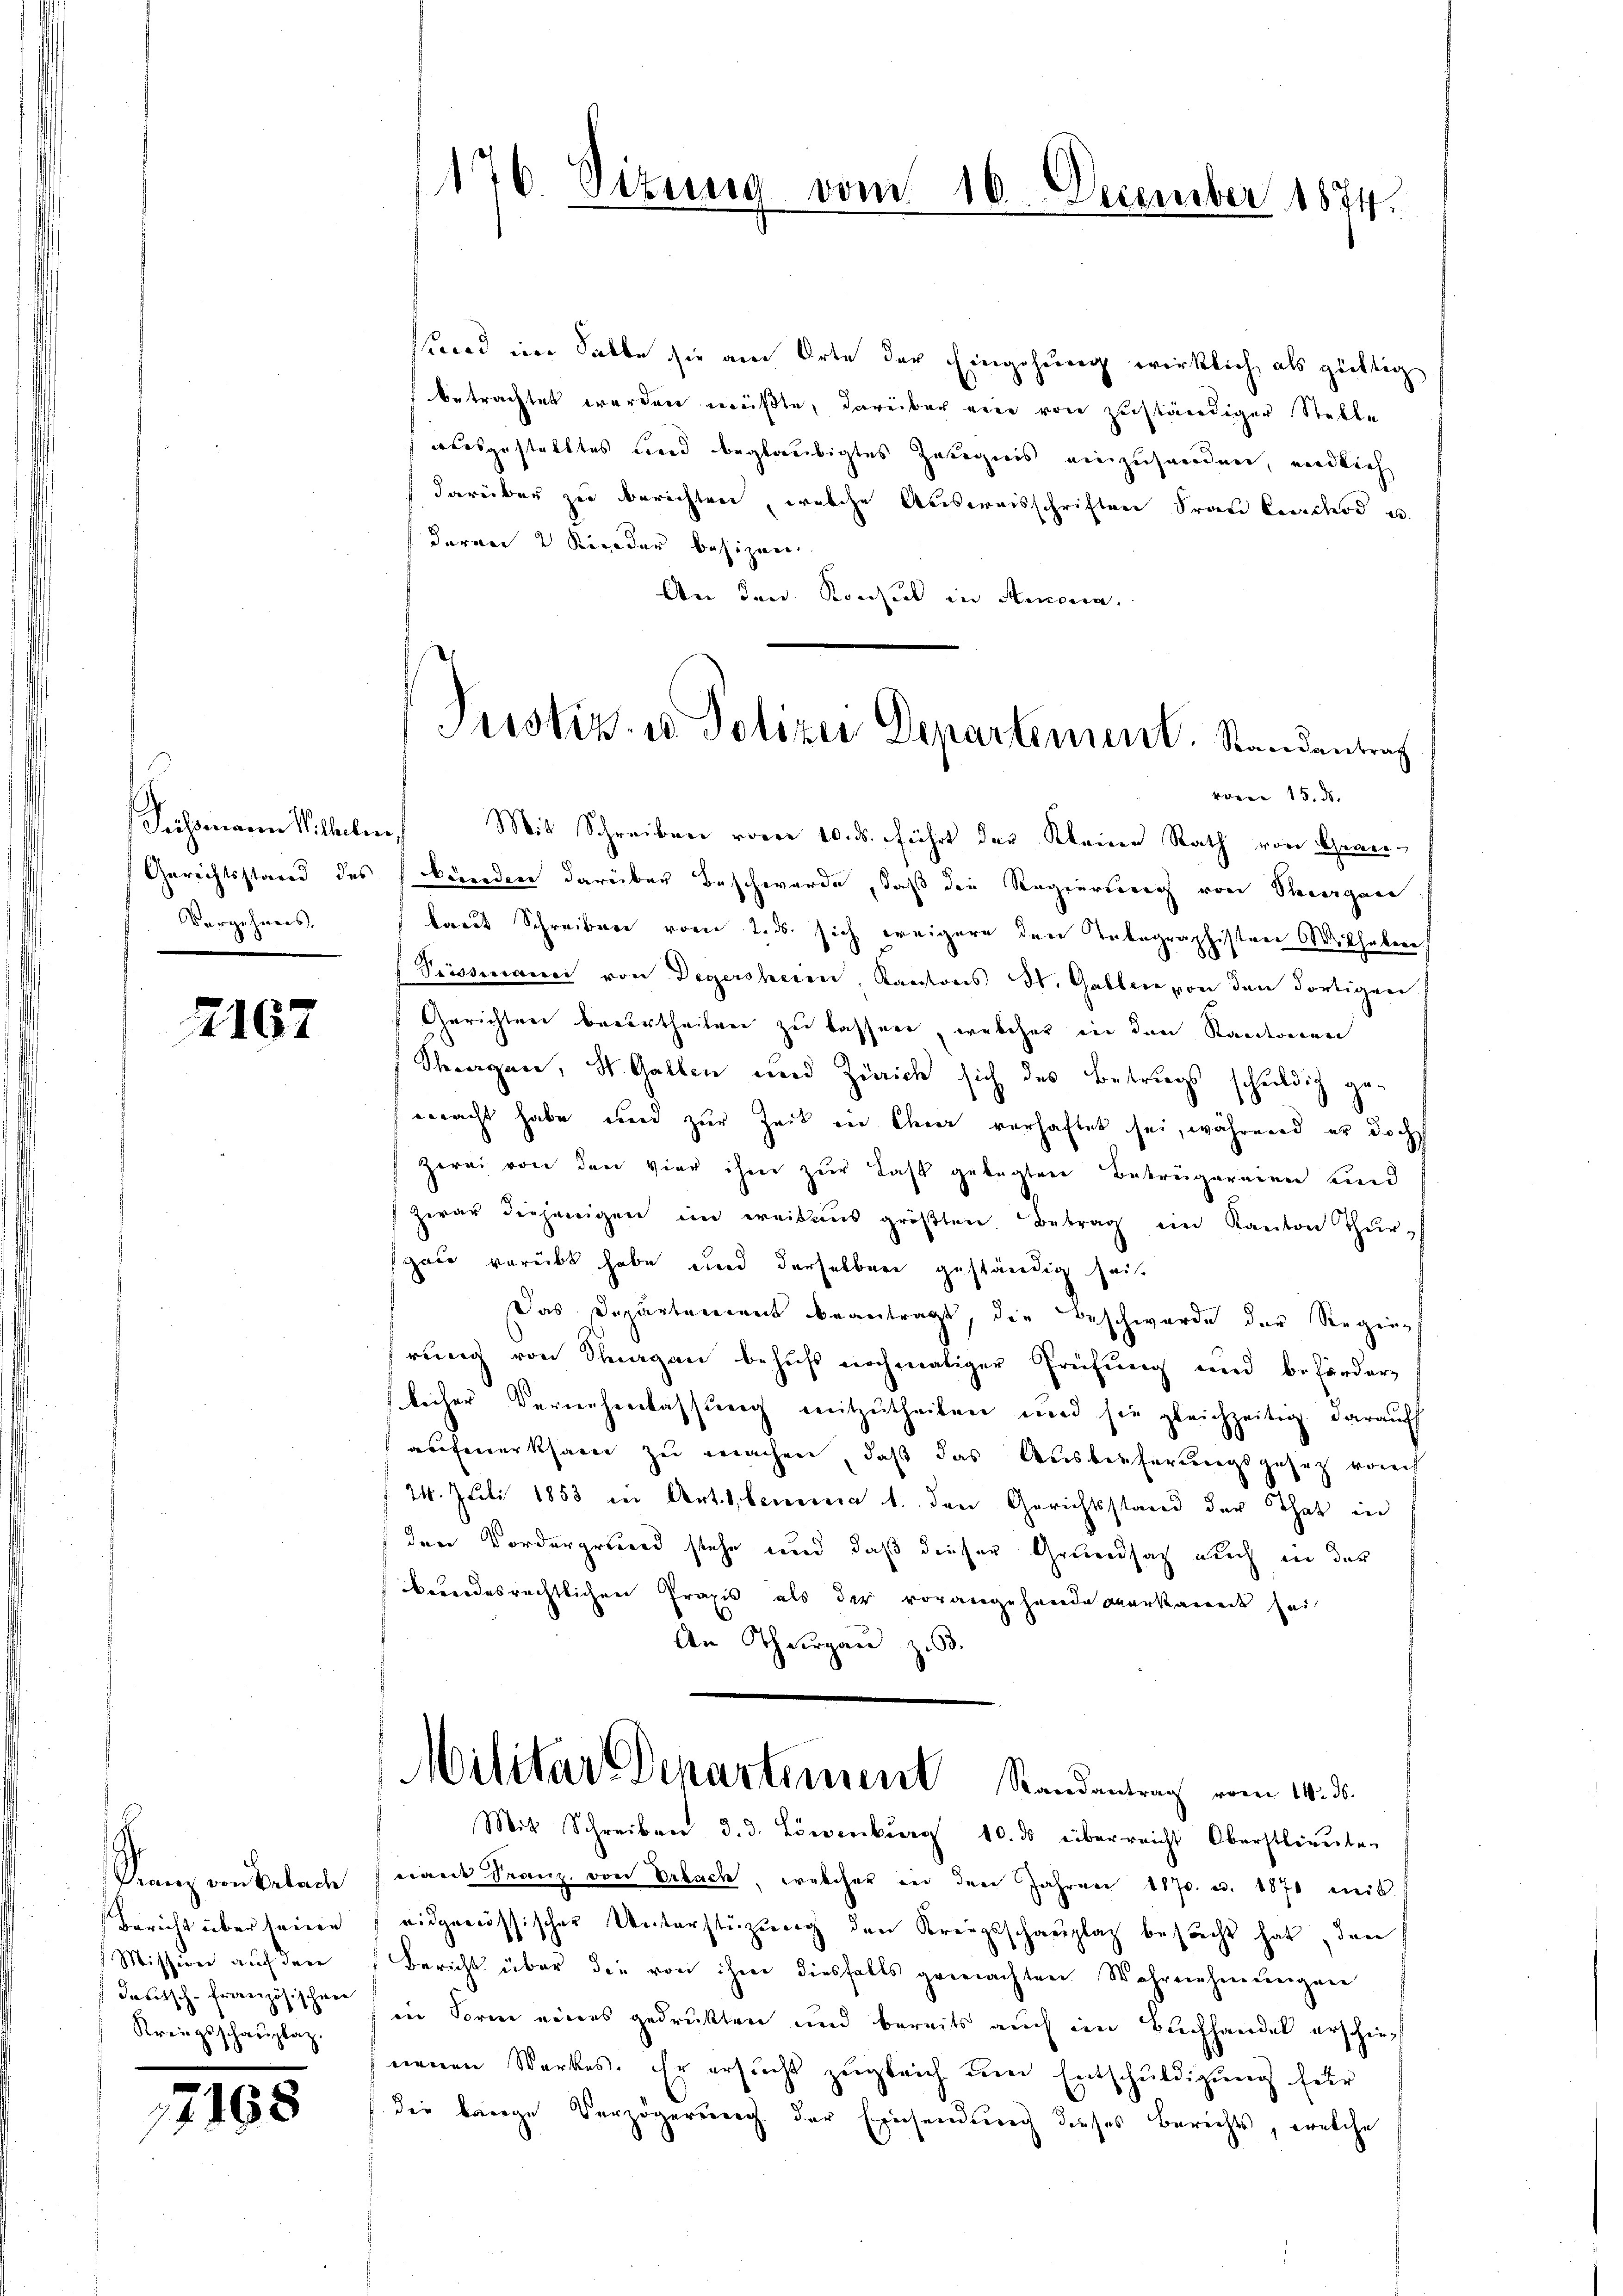
Vergehens.

7167

s
Kranz von Belade
Mission auf den
Kreisschaŭptat.

7188

sund im Salbe sie am Orte der Eingehung wirklich als gültig
betrachtet werden müßte, darüber eine von zuständiger Stelle
ausgestelltes und beglaubigtes Zutegweis einzusammen, endlich
darüber zu berichten, welche Ausweisschriften Frau Cerchod u
deren 2 Kinder besizen.
An den Konsul in Anna.

176. Dizung vom 10. December 1874.

Justiz- u. Polizei Departement. Randantrag

Sichsmann Sitteln. Mit Schreiben vom 10. ds. führt der Kleine Rath von Grau¬
Gerichtsstand des kunden darüber Beschwerde, daß die Regierung von Revergan
kaut Schreiben vom 2. ds sich weigern den Tabegraphisten Wilhaben
Siissmann von Degersheim, Kantons St. Gallen von den dortigen
Gerichten berurtheilen zu lassen, welcher in den Standtonen
Theargner, St. Gallen und Zürich sich des Betrags schuldig
macht habe und zur Zeit in Eherer verhaftet sei, während er doch
Zwei von den vier ihm zŭr Last gelegten Beträgereien und
zwar diejenigen im weitaus gröβten Betrag in Kanton Thur-
gate verübt habe und derselben geständig seit
Das Departement beantragt, die Beschwerde der Steginnt
rung von Stragen behufs nochmaliger Prüfung und befördern
licher Vernehmlassung mitzutheilen und sie gleichzeitig darauf
aufmerksam zu machen, daß das Auslieferungsgesetz vom
24. Juli 1853 in Art. Ebenen 1. den Gerichtsstand der That inn
den Vordergrund stehe und daß dieser Grundsatz auch in der
brundesrechtlichen Praxis als der vorangehande anerkannt sei
An Thurgau zu 3.
Militar Departement Randantrag vom 14. d.
Mit Schreiben d. d. Löwenburg 10. ds überreicht Oberstlieuten
cant Franz von Erbach, welcher in den Jahren 1870. c. 1870 mit
Bericht über seine eidgenössischer Unterstüzung den Kreisschauptag besucht hat, den
Bericht über die von ihm diesfalls gemachten Wahrnehmungen
deutsch-Französischen (in Form eines gedrukten und bereits auch im Buchhandel erschieneuen Werkes. Er ersuchs zugleich um Entschuldigung für
die lange Verzögerung der Einsendung dieses Berichts, welche

varen 15. ds.